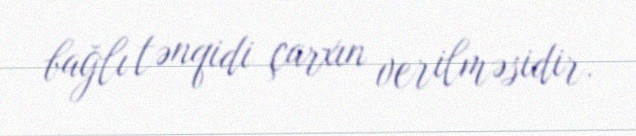
bağlı tənqidi çarxın verilməsidir.